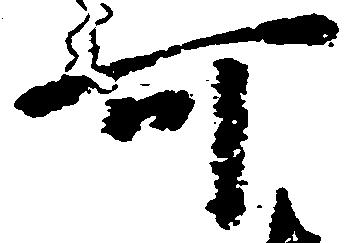
可